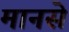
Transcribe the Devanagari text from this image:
मानसे